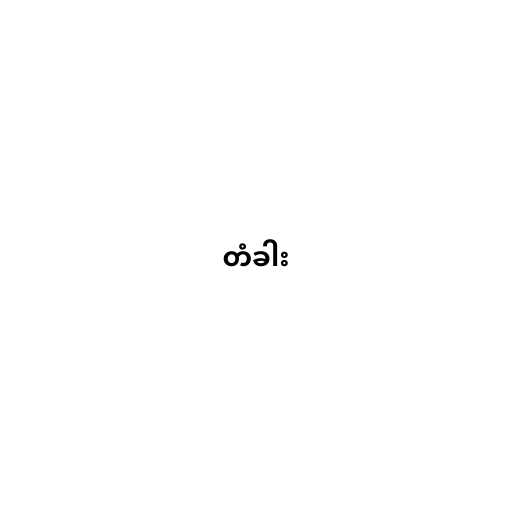
တံခါး